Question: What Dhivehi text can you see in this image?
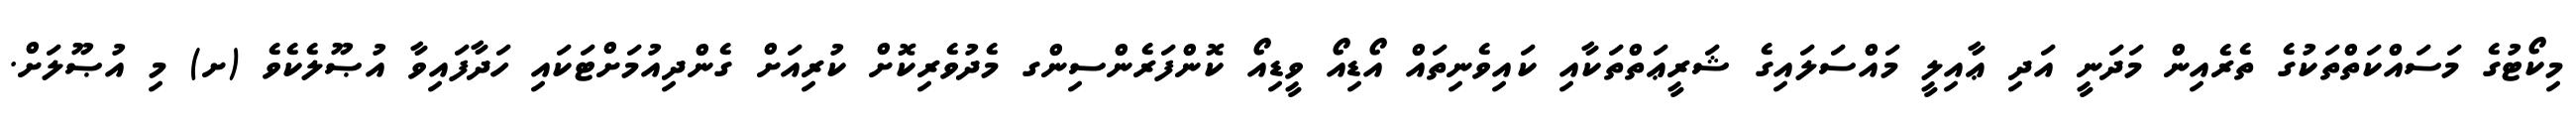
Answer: މިކޯޓުގެ މަސައްކަތްތަކުގެ ތެރެއިން މަދަނީ އަދި ޢާއިލީ މައްސަލައިގެ ޝަރީޢަތްތަކާއި ކައިވެނިތައް އޯޑިއޯ ވީޑިއޯ ކޮންފަރެންސިންގ މެދުވެރިކޮށް ކުރިއަށް ގެންދިއުމަށްޓަކައި ހަދާފައިވާ އުޞޫލެކެވެ (ށ) މި އުޞޫލަށް.